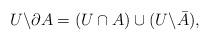
LaTeX: \begin{align*}U\backslash \partial A = (U\cap A) \cup (U\backslash \bar A),\end{align*}